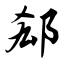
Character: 郄